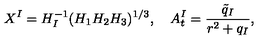
X ^ { I } = H _ { I } ^ { - 1 } ( H _ { 1 } H _ { 2 } H _ { 3 } ) ^ { 1 / 3 } , \quad A _ { t } ^ { I } = \frac { \tilde { q } _ { I } } { r ^ { 2 } + q _ { I } } ,